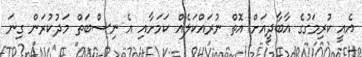
އެއީ ކުރިމަގުގެ އާބާދީއަށް އޮތް ނުރައްކަލެއް ކަމަށާއި އެ ނިސްބަތް މަދުކުރަން ގިނަ